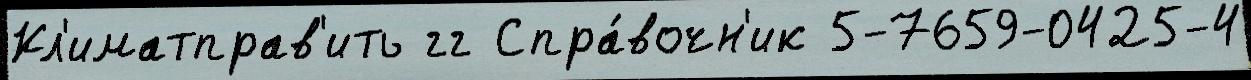
Кл'иматправ'ить гг Спра́вочн'ик 5-7659-0425-4